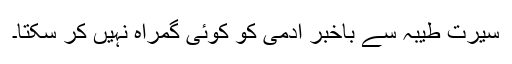
سیرت طیبہ سے باخبر آدمی کو کوئی گمراہ نہیں کر سکتا۔